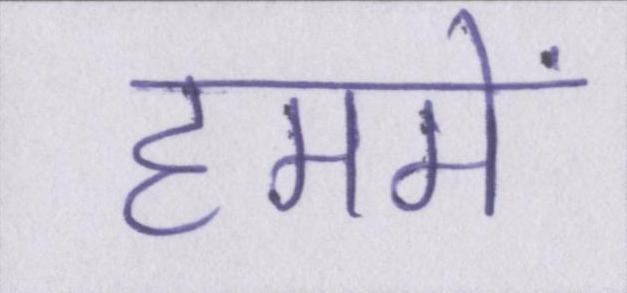
हममें